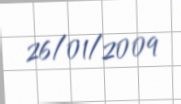
26/01/2009